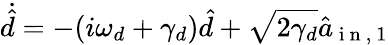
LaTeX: \dot{\hat{d}}=-(i\omega_{d}+\gamma_{d})\hat{d}+\sqrt{2\gamma_{d}}\hat{a}_{\mathrm{~i~n~,~}1}